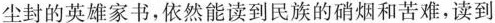
尘封的英雄家书，依然能读到民族的硝烟和苦难，读到